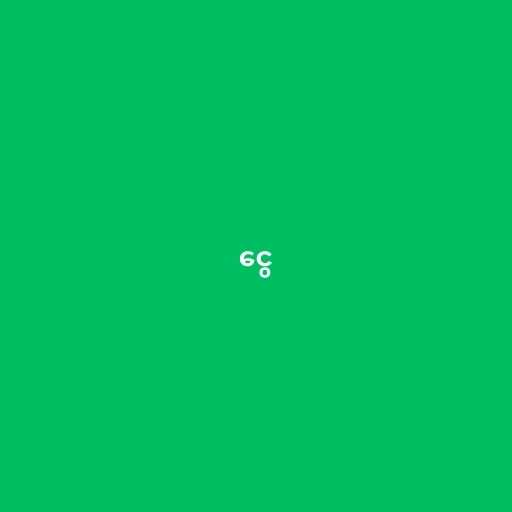
ငွေ